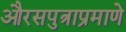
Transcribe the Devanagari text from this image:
औरसपुत्राप्रमाणे